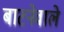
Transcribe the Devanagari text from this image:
बाटनेवाले